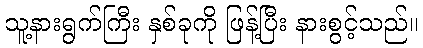
သူ့နားရွက်ကြီး နှစ်ခုကို ဖြန့်ပြီး နားစွင့်သည်။